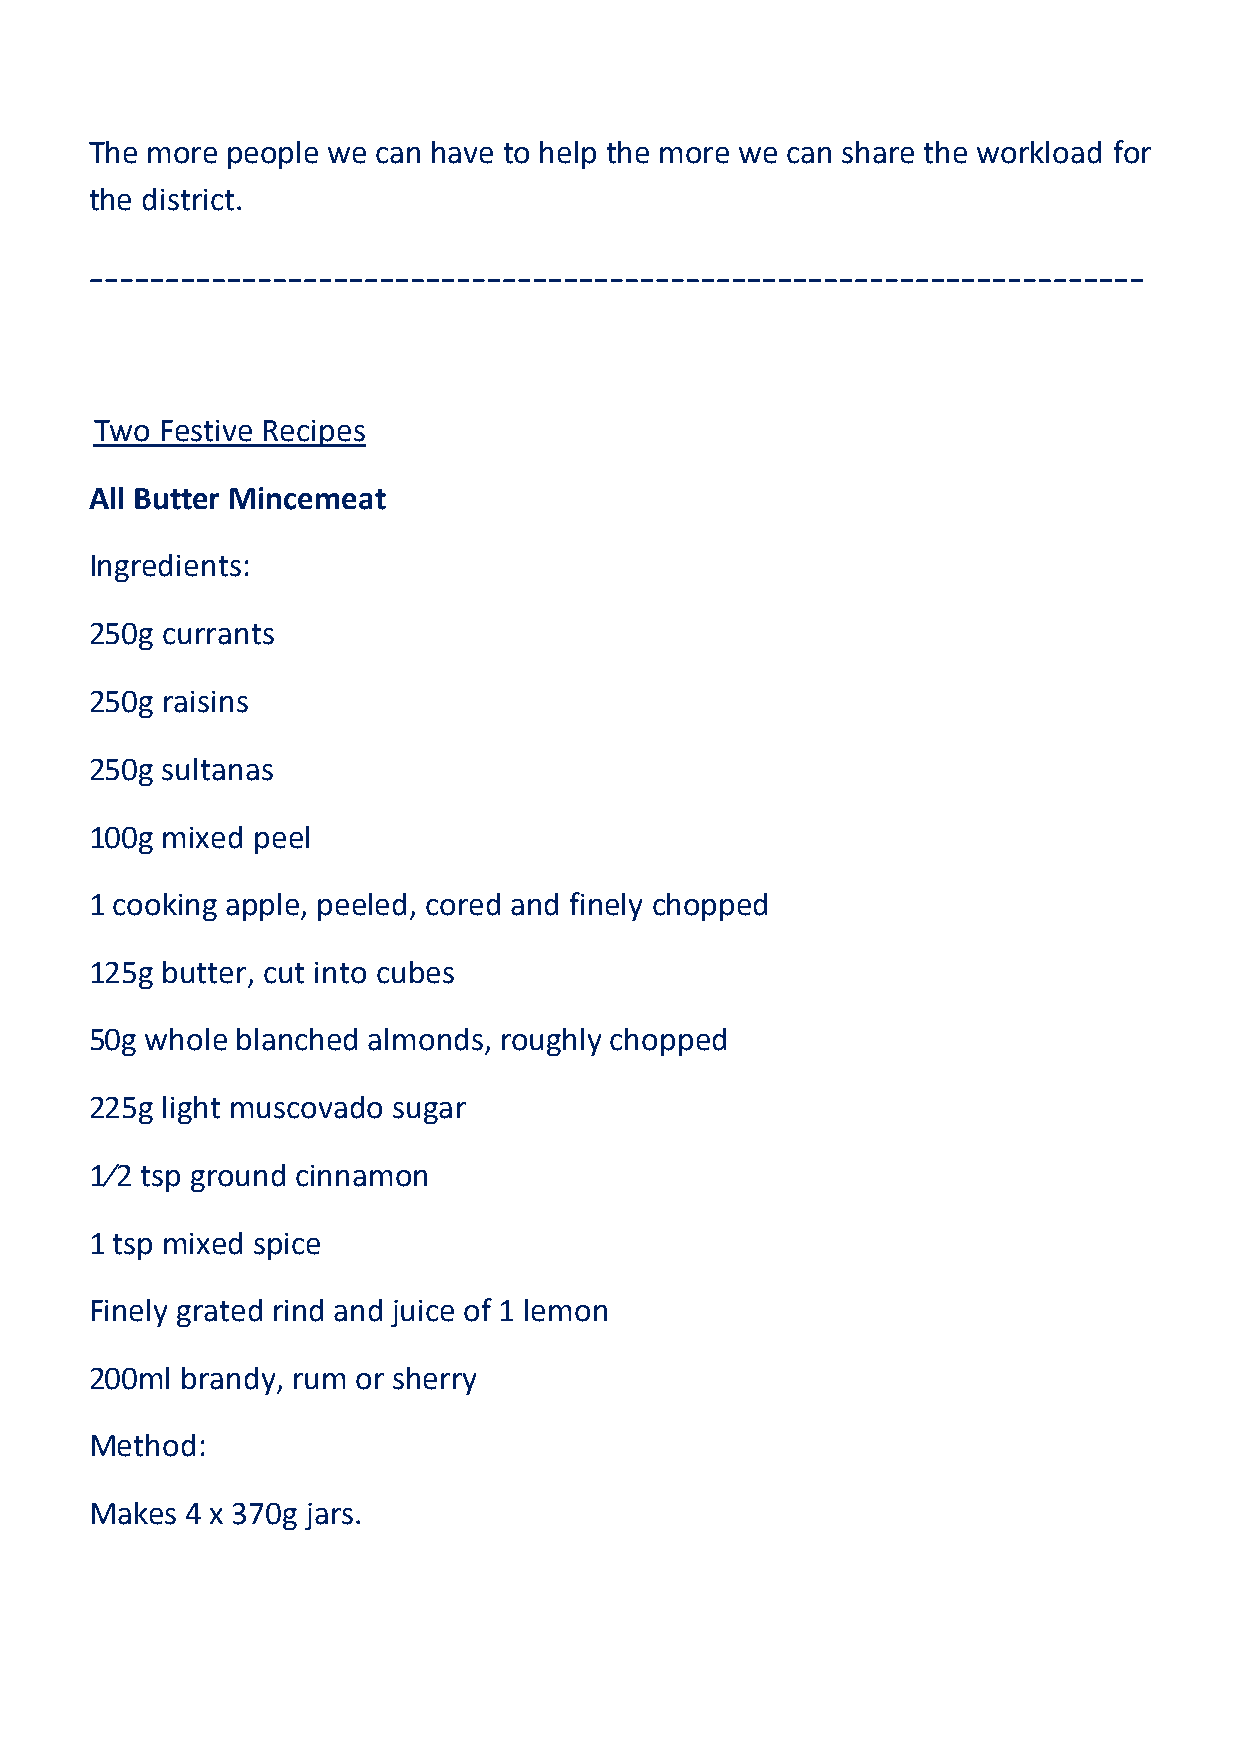
The more people we can have to help the more we can share the workload for
 the district.
 ---------------------------------------------------------------------
 Two  Festive Recipes
 All Butter Mincemeat
 Ingredients:
 250g currants
 250g raisins
 250g sultanas
 100g mixed peel
 1 cooking apple, peeled, cored and finely chopped
 125g butter, cut into cubes
 50g whole blanched almonds, roughly chopped
 225g light muscovado sugar
 1⁄2 tsp ground cinnamon
 1 tsp mixed spice
 Finely grated rind and juice of 1 lemon
 200ml brandy, rum or sherry
 Method:
 Makes 4 x 370g jars.